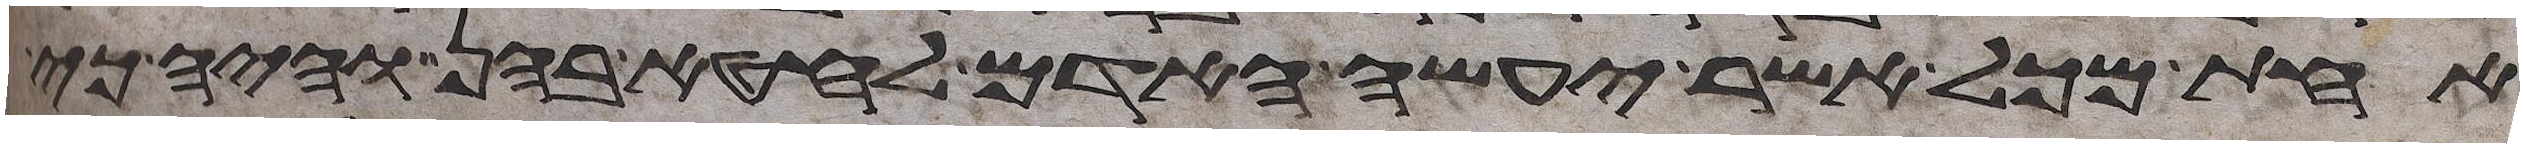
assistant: אחת מכל אשר יעשה האדם לחטא בהן והיה כי